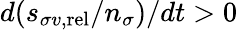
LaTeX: d(s_{\sigma v,\mathrm{rel}}/n_{\sigma})/dt>0